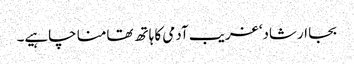
بجا ارشاد‘ غریب آدمی کا ہاتھ تھامنا چاہیے۔